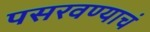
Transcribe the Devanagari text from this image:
पसरवण्याचं